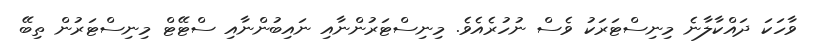
ވާހަކަ ދައްކާލާނެ މިނިސްޓަރަކު ވެސް ނުހުރެއެވެ. މިނިސްޓަރުންނާއި ނައިބުންނާއި ސްޓޭޓް މިނިސްޓަރުން ތިބޭ